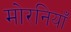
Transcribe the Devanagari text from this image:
मोरनियाँ